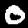
Digit: 0